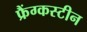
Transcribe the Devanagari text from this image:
फ्रैंग्कस्टीन